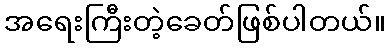
အရေးကြီးတဲ့ခေတ်ဖြစ်ပါတယ်။